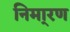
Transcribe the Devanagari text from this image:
निमा्रण